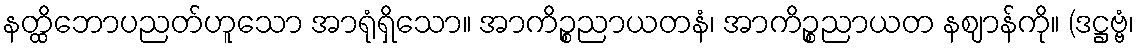
နတ္ထိဘောပညတ်ဟူသော အာရုံရှိသော။ အာကိဉ္စညာယတနံ၊ အာကိဉ္စညာယတ နဈာန်ကို။ (ဒဋ္ဌဗ္ဗံ၊